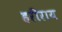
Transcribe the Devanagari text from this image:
हरीराय